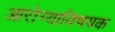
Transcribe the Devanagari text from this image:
आरोग्याविषयक